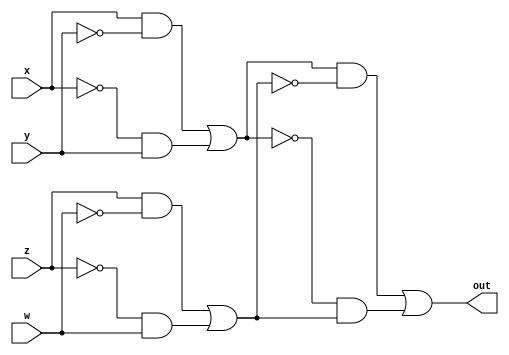
// Benchmark "b1" written by ABC on Fri Sep  1 08:34:31 2017

module parityChecker ( 
	x, y, z, w, out    
	);
  input  x, y, z, w;
  output out;
  wire A, B, C, D, E, F, G, H;
  assign A = x & ~y;
  assign B = ~x & y;
  assign C = z & ~w;
  assign D = ~z & w;
  assign E = A | B;
  assign F = C | D;
  assign G = E & ~F;
  assign H = ~E & F;
  assign out = G | H;
endmodule